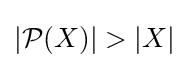
|{\mathcal {P}}(X)|>|X|